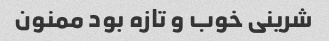
شرینی خوب و تازه بود ممنون